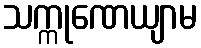
သက္ကုဏေယျာမ